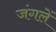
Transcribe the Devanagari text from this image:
जंगलें